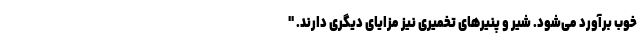
خوب برآورد می‌شود. شیر و پنیرهای تخمیری نیز مزایای دیگری دارند. "